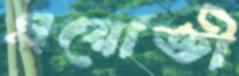
এয়োতী